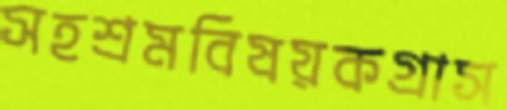
সহশ্রমবিষয়কগ্রাস